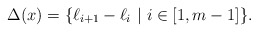
\begin{align*}\Delta(x) = \{\ell_{i+1} - \ell_i\ |\ i\in [1,m-1]\}.\end{align*}